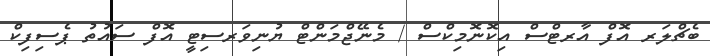
ބެޗްލަރ އޮފް އާރޓްސް އިކޮނޮމިކްސް / މެނޭޖްމަންޓް ޔުނިވަރސިޓީ އޮފް ސައުތު ޕެސިފިކް